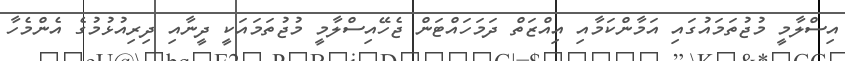
އިސްލާމީ މުޖުތަމައުގައި އަމާންކަމާއި އިއްޒަތް ދަމަހައްޓަން ޖެހޭއިސްލާމީ މުޖުތަމައަކީ ދީނާއި ދިރިއުޅުމުގެ އެންމެހާ